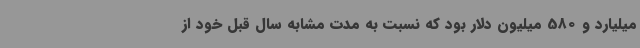
میلیارد و 580 میلیون دلار بود که نسبت به مدت مشابه سال قبل خود از